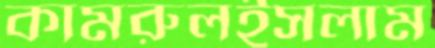
কামরুলইসলাম